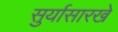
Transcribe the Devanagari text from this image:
सुर्यासारखे